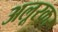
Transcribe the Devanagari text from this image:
अलूरकर